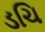
ડચિ